system: You are a helpful assistant.
user:
Analyze the provided spectrum to determine if it is a **M-type Giant (gM)**.

A M-type Giant spectrum is defined by its **strong molecular absorption** features, particularly from **Titanium Oxide (TiO)**. You must check for one of the following mutually exclusive signatures:

- **Key Visual Indicators (Absorption-Dominated Spectrum):**

    - **(Primary):** The spectrum is dominated by strong molecular absorption from **Titanium Oxide (TiO)**. This is the **defining feature** of its M-type temperature class.
        - **(Key Bandheads):** Look for sharp, "saw-tooth" absorption valleys. The strongest are located near **~7050 Å**, **~6160 Å**, and **~5170 Å**.
        - **(Line Profile):** The "saw-tooth" morphology is critical: a **sharp, steep drop on the BLUE (short-wavelength) side** of the bandhead, followed by a gradual recovery (rising flux) towards the RED (long-wavelength) side.

    - **(Key Confirmation - Giant vs. Dwarf):** **ABSENCE** of strong **Calcium Hydride (CaH)** molecular bands. This is the primary diagnostic for *excluding* M-dwarfs.
        - **(Key Region):** The spectrum should lack the strong, broad absorption band seen in dwarfs between **~6800 Å and ~7000 Å**.

    - **(Secondary Confirmation - Giant):** A very strong and broad **Neutral Calcium (Ca I)** atomic absorption line.
        - **(Key Line):** Located at **~4226 Å**. In a giant (gM), this line is significantly deeper and broader than the same line in an M-dwarf (dM) due to low surface gravity.

    - **(Overall Spectrum):**
        - The continuum is **extremely red-sloping** (i.e., flux is very low in the blue and rises dramatically towards the red).
        - The entire spectrum appears "chopped up" by the deep TiO bands.

Think first, call **spectral_visualization_tool** if needed to examine features in detail, then provide your final answer. Your response must adhere to the following strict rules:
1.  **Overall Structure:** Your response must follow the format `<think>...</think> <tool_call>...</tool_call> (if a tool is used) <answer>...</answer>`.
2.  **Tool Usage Constraint:** You may only make **one** tool call per turn.
3.  **Final Answer Format:** In the `<answer>` tag, your conclusion must be inside a `\boxed{}` command (e.g., `\boxed{YES}` or `\boxed{NO}`), followed by your justification.

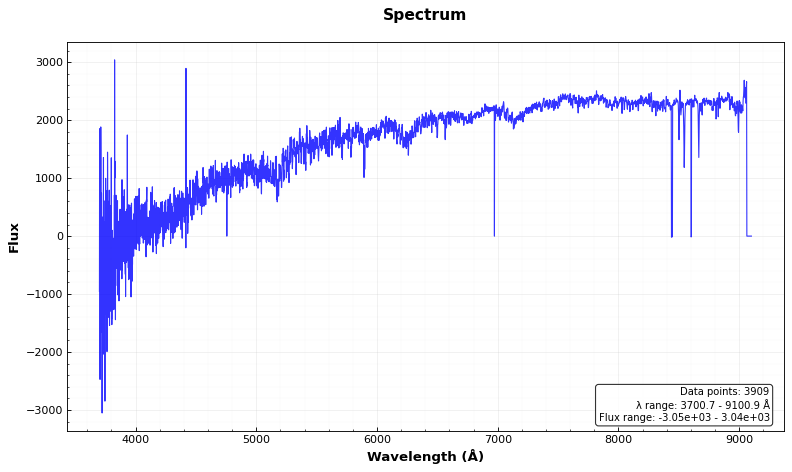
Answer: YES